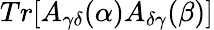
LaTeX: Tr[A_{\gamma\delta}(\alpha)A_{\delta\gamma}(\beta)]